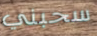
سحبني